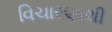
વિચારણાથી